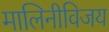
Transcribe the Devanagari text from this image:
मालिनीविजय